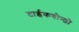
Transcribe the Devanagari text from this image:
टाईकवोन्डो